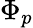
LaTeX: \Phi_{p}